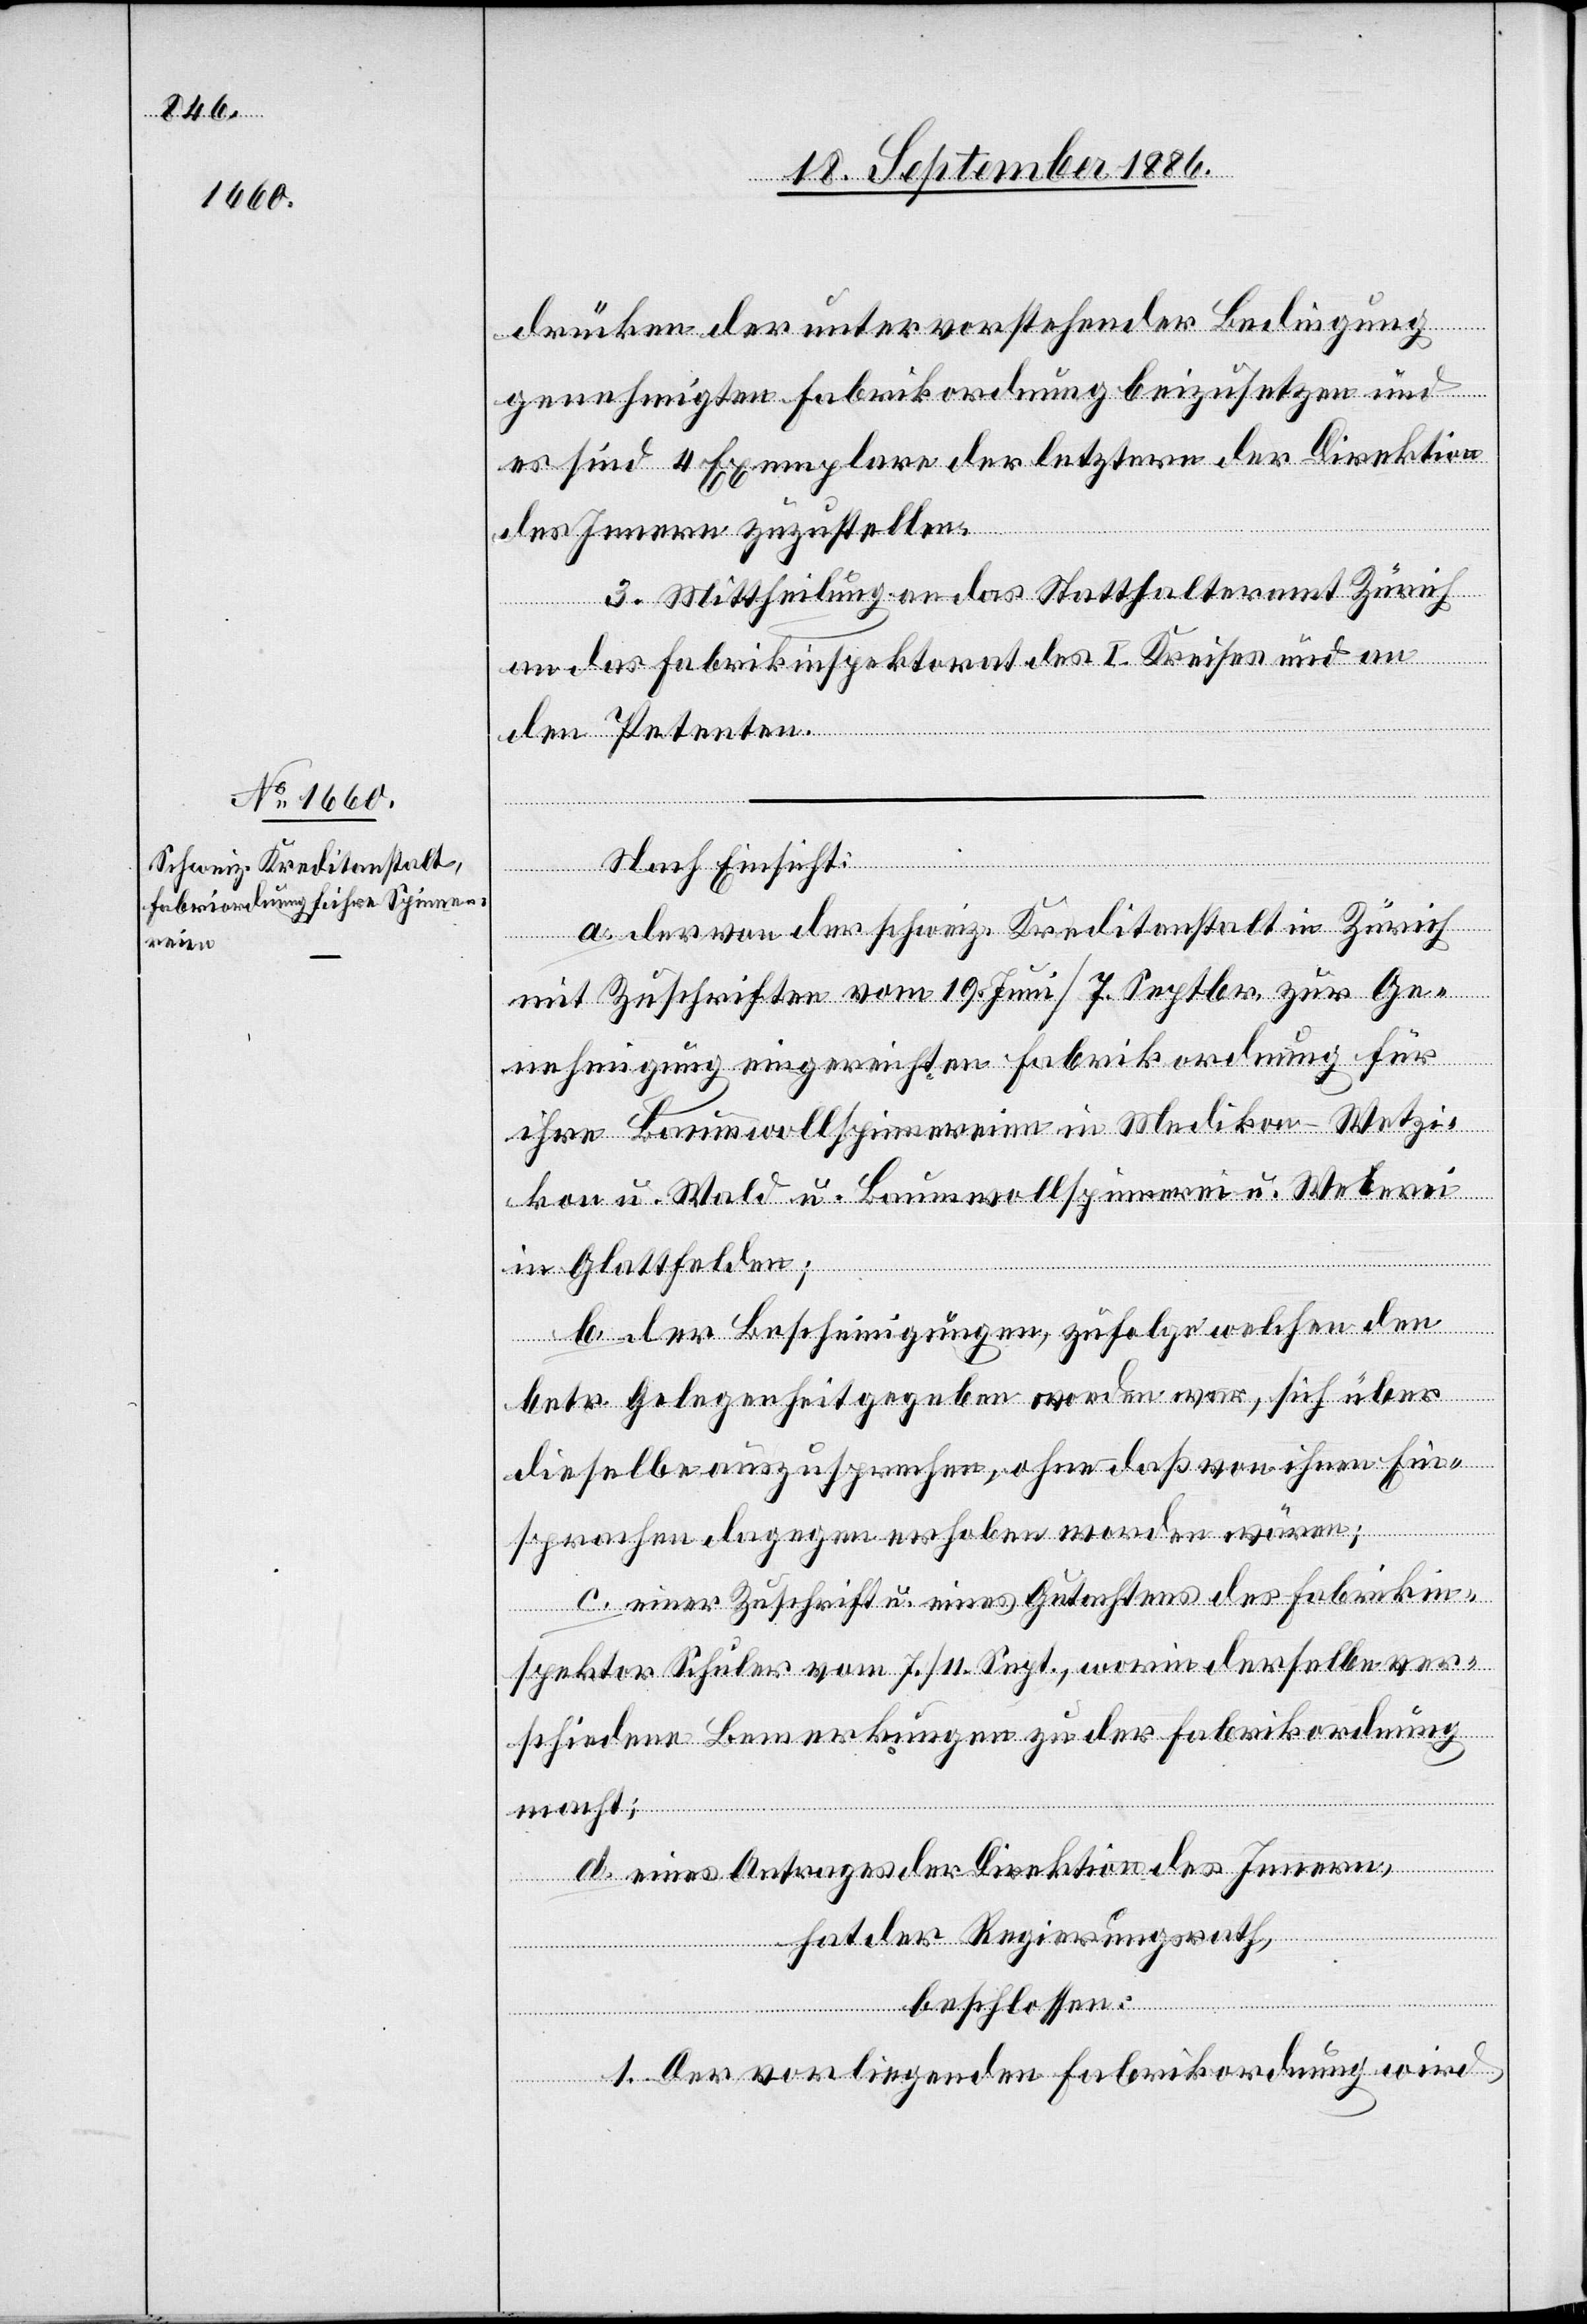
drücken der unter vorstehender Bedingung
genehmigten Fabrikordnung beizusetzen und
es sind 4 Exemplare der letztern der Direktion
des Innern zuzustellen.
3. Mittheilung an das Statthalteramt Zürich
an das Fabrikinspektorat des I. Kreises und an
den Petenten.
a. der von der schweiz. Kreditanstalt in Zürich
mit Zuschriften vom 19. Juni/7. Septbr. zur Ge¬
[Ar¬
nehmigung eingereichten Fabrikordnung für
ihre Baumwollspinnereien in Medikon - Wetzi¬
kon u. Wald u. Baumwollspinnerei u. Weberei
betr.
in Glattfelden;
b. der Bescheinigungen, zufolge welchen den
beitern] Gelegenheit gegeben worden war, sich über
dieselbe auszusprechen, ohne daß von ihnen Ein¬
sprachen dagegen erhoben worden wären;
c. einer Zuschrift u. eines Gutachtens des Fabrikin¬
spektor Schuler vom 7./11. Sept., worin derselbe ver¬
schiedene Bemerkungen zu der Fabrikordnung
macht;
d. eines Antrages der Direktion des Innern,
hat der Regierungsrath,
beschlossen:
1. Der vorliegenden Fabrikordnung wird